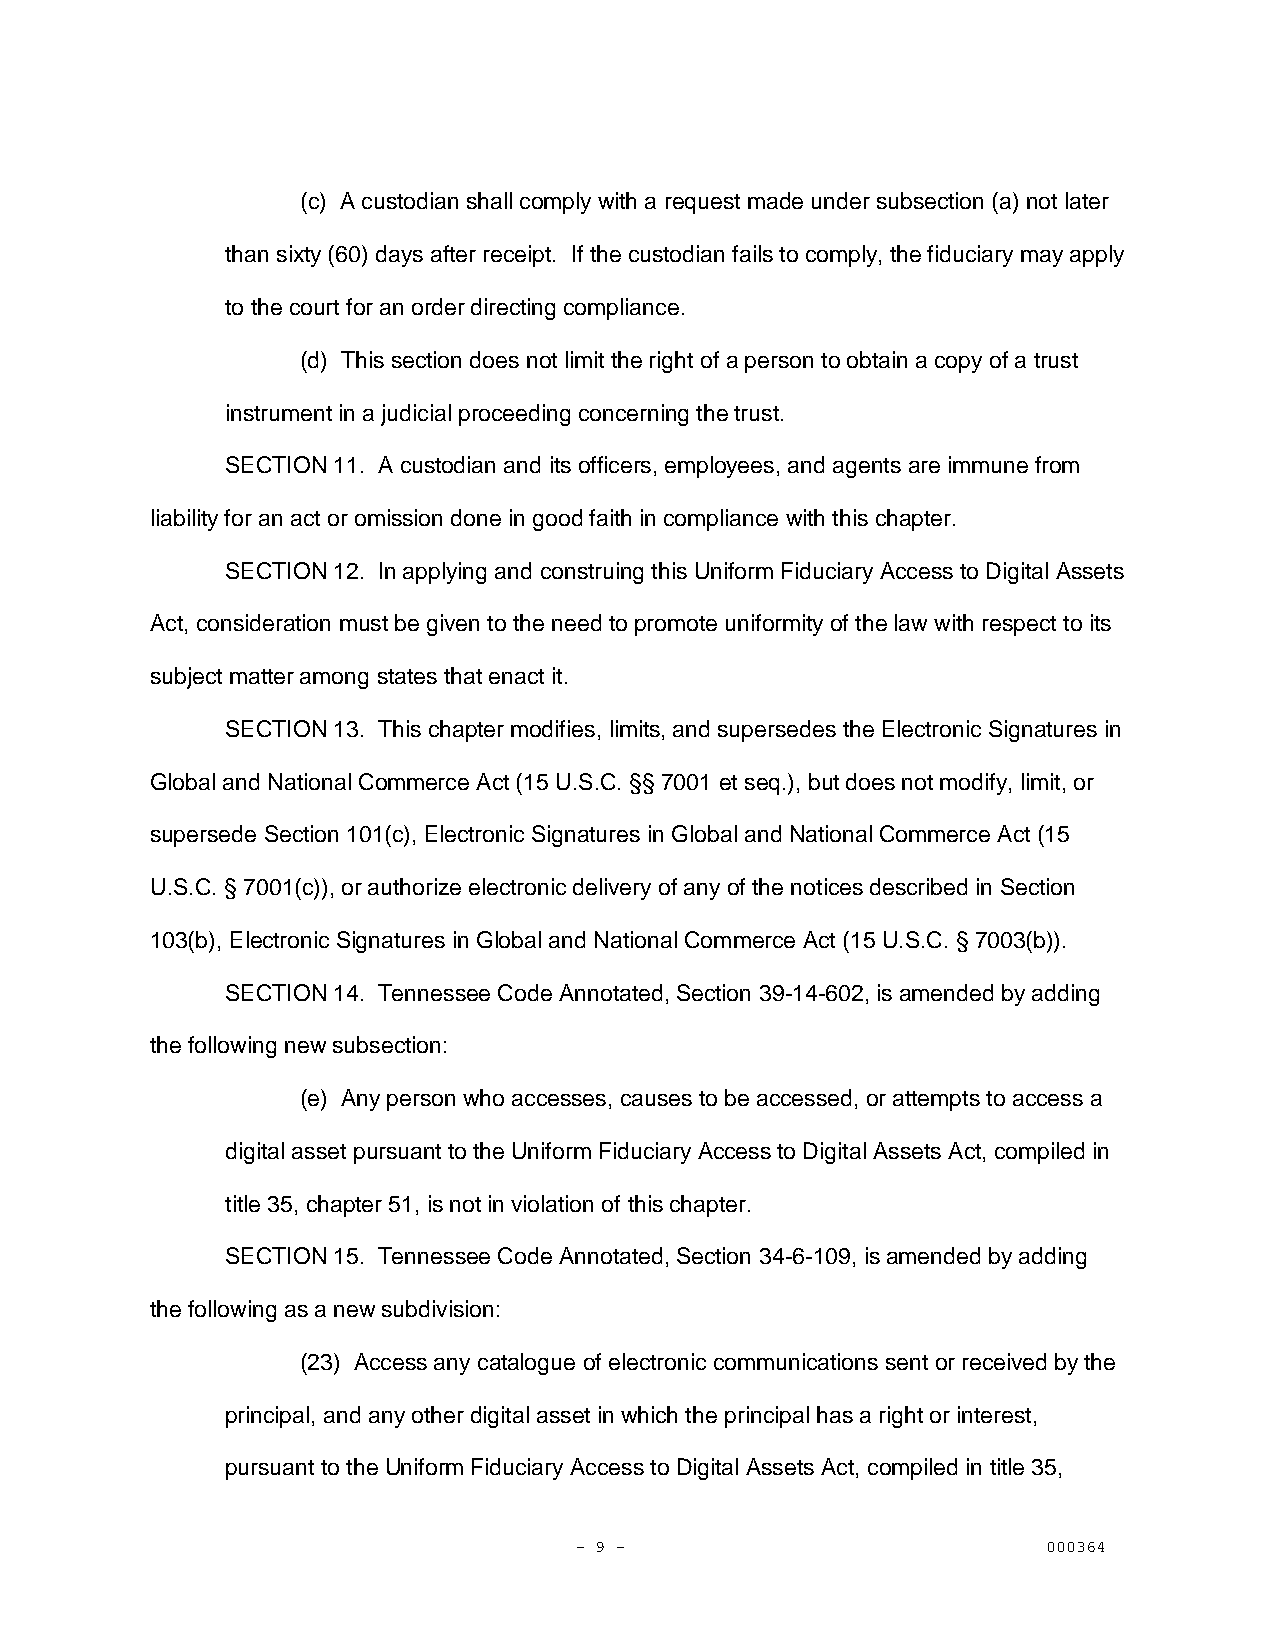
(c) A custodian shall comply with a request made under subsection (a) not later
 than sixty (60) days after receipt. If the custodian fails to comply, the fiduciary may apply
 to the court for an order directing compliance.
 (d) This section does not limit the right of a person to obtain a copy of a trust
 instrument in a judicial proceeding concerning the trust.
 SECTION 11. A custodian and its officers, employees, and agents are immune from
 liability for an act or omission done in good faith in compliance with this chapter.
 SECTION 12. In applying and construing this Uniform Fiduciary Access to Digital Assets
 Act, consideration must be given to the need to promote uniformity of the law with respect to its
 subject matter among states that enact it.
 SECTION 13. This chapter modifies, limits, and supersedes the Electronic Signatures in
 Global and National Commerce Act (15 U.S.C. §§ 7001 et seq.), but does not modify, limit, or
 supersede Section 101(c), Electronic Signatures in Global and National Commerce Act (15
 U.S.C. § 7001(c)), or authorize electronic delivery of any of the notices described in Section
 103(b), Electronic Signatures in Global and National Commerce Act (15 U.S.C. § 7003(b)).
 SECTION 14. Tennessee Code Annotated, Section 39-14-602, is amended by adding
 the following new subsection:
 (e) Any person who accesses, causes to be accessed, or attempts to access a
 digital asset pursuant to the Uniform Fiduciary Access to Digital Assets Act, compiled in
 title 35, chapter 51, is not in violation of this chapter.
 SECTION 15. Tennessee Code Annotated, Section 34-6-109, is amended by adding
 the following as a new subdivision:
 (23) Access any catalogue of electronic communications sent or received by the
 principal, and any other digital asset in which the principal has a right or interest,
 pursuant to the Uniform Fiduciary Access to Digital Assets Act, compiled in title 35,
 - 9 -                          000364